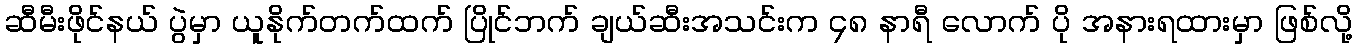
ဆီမီးဖိုင်နယ် ပွဲမှာ ယူနိုက်တက်ထက် ပြိုင်ဘက် ချယ်ဆီးအသင်းက ၄၈ နာရီ လောက် ပို အနားရထားမှာ ဖြစ်လို့